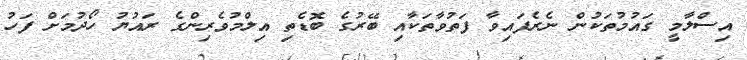
އިސްލާމީ ގައުމުތަކުން ނެރެފައިވާ ފަތުވާތަކާއި ބޭރުގެ ބޮޑެތި އިލްމުވެރިންގެ ރައުޔު ހޯދުމަށް ފަހު